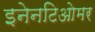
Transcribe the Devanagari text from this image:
इनेनटिओमर